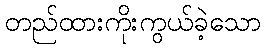
တည်ထားကိုးကွယ်ခဲ့သော